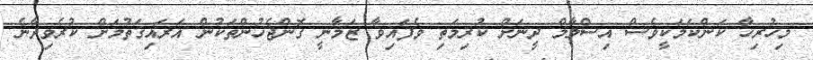
މިހުރިހާ ކަންކަމަކީވެސް އިސްލާމް ދީނަށް ކުރިމަތި ވެފައިވާ ޒަމާނީ ގޮންޖެހުންތަކުން އަރައިގަތުމަށް ކުރެވިދާނެ